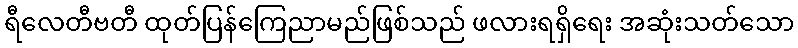
ရီလေတီဗတီ ထုတ်ပြန်ကြေညာမည်ဖြစ်သည် ဖလားရရှိရေး အဆုံးသတ်သော